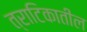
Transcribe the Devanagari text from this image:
त्राटिकातील